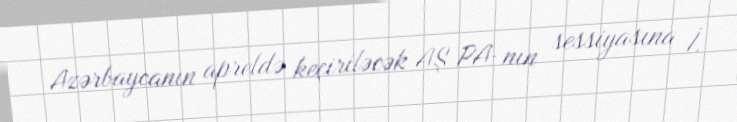
Azərbaycanın apreldə keçiriləcək AŞ PA-nın sessiyasına İ.